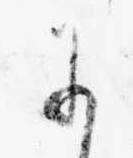
に